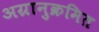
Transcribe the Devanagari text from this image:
अग्रानुक्रमित